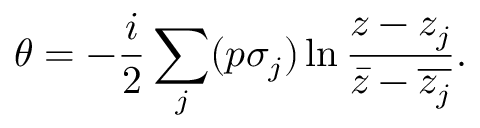
\theta = - \frac { i } { 2 } \sum _ { j } ( p \sigma _ { j } ) \ln \frac { z - z _ { j } } { \bar { z } - \overline { { z _ { j } } } } .